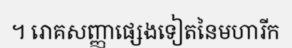
។ រោគសញ្ញាផ្សេងទៀតនៃមហារីក